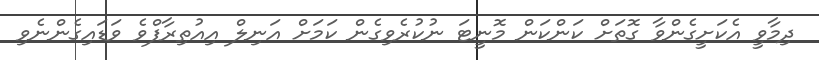
ދިމާވީ އެކަށީގެންވާ ގޮތަށް ކަންކަން މޮނީޓަ ނުކުރެވިގެން ކަމަށް އަނިލް އިއުތިރާފްވެ ވަޑައިގެންނެވި